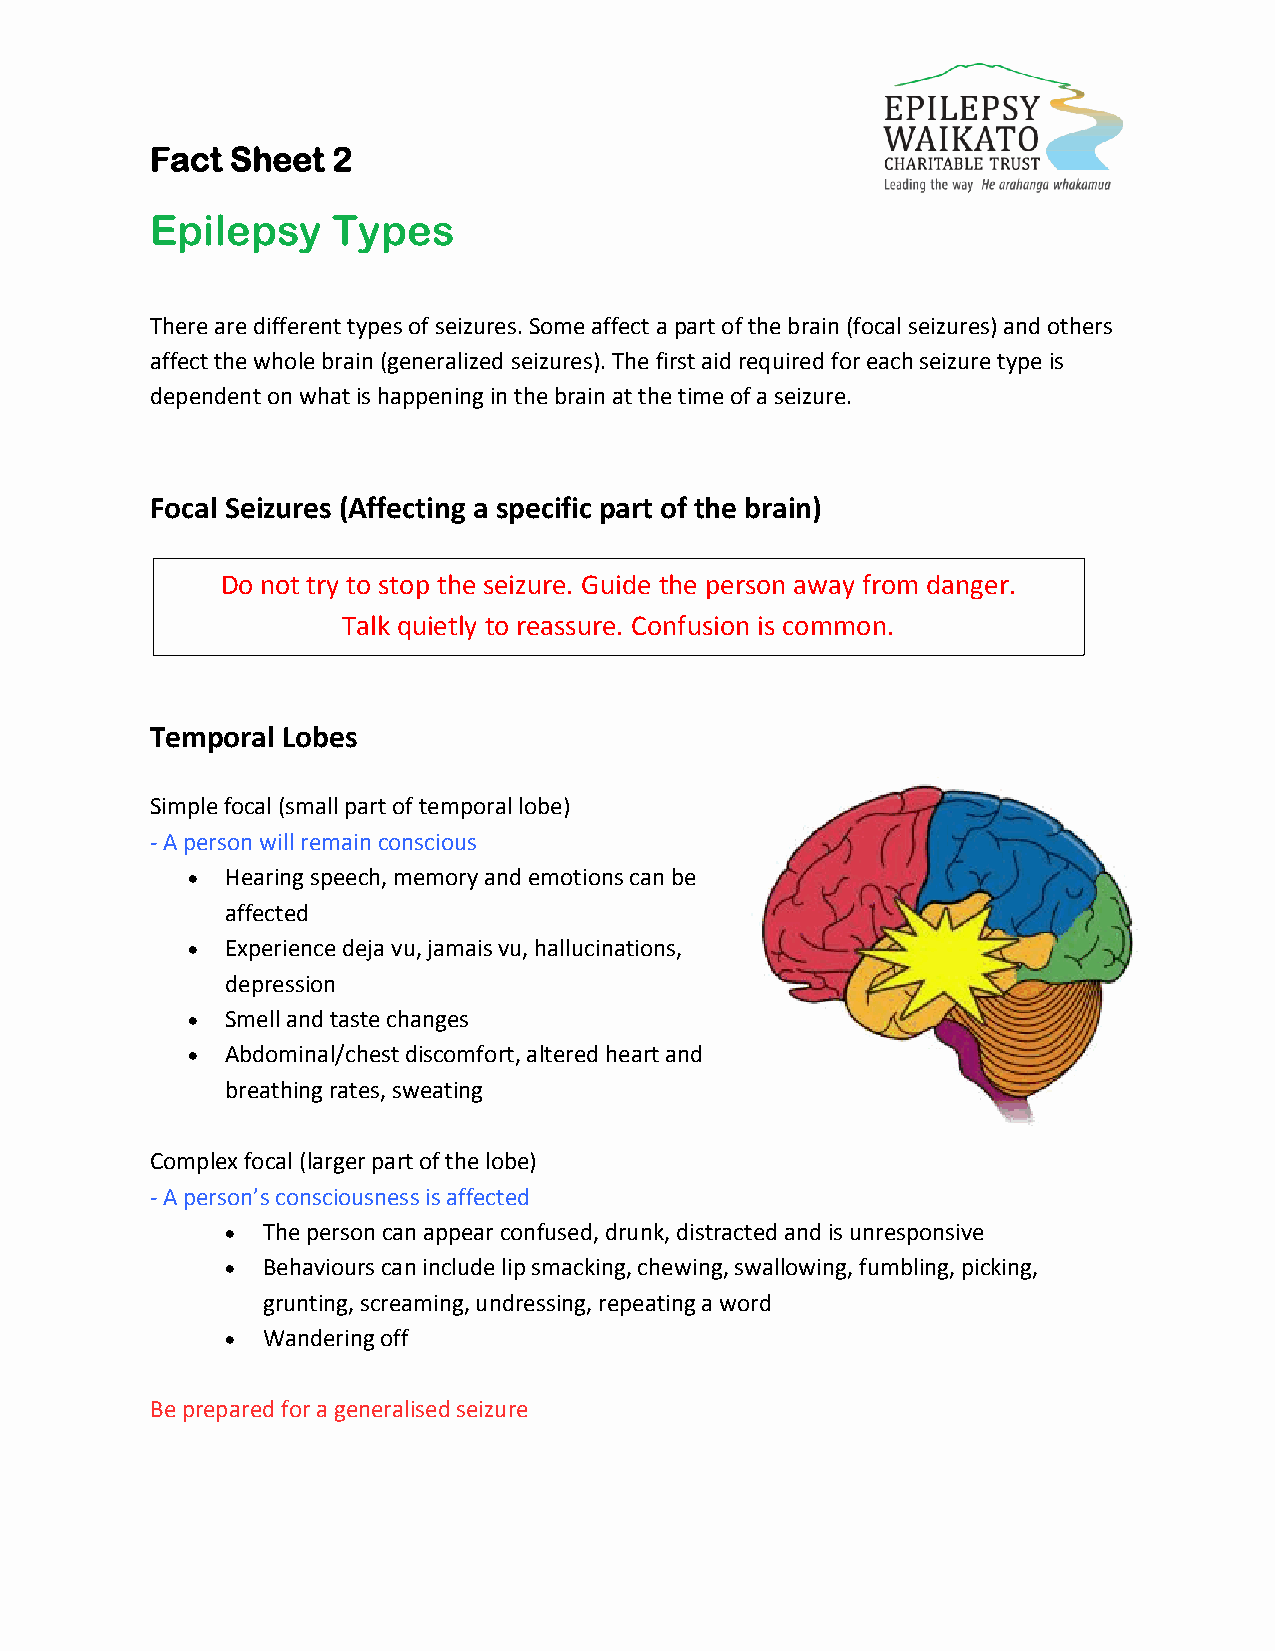
Fact Sheet  2
 Epilepsy    Types
 There are different types of seizures. Some affect a part of the brain (focal seizures) and others
 affect the whole brain (generalized seizures). The first aid required for each seizure type is
 dependent on what is happening in the brain at the time of a seizure.
 Focal Seizures (Affecting a specific part of the brain)
 Do not try to stop the seizure. Guide the person away from danger.
 Talk quietly to reassure. Confusion is common.
 Temporal Lobes
 Simple focal (small part of temporal lobe)
 - A person will remain conscious
   Hearing speech, memory and emotions can be
 affected
   Experience deja vu, jamais vu, hallucinations,
 depression
   Smell and taste changes
   Abdominal/chest discomfort, altered heart and
 breathing rates, sweating
 Complex focal (larger part of the lobe)
 - A person’s consciousness is affected
  The person can appear confused, drunk, distracted and is unresponsive
  Behaviours can include lip smacking, chewing, swallowing, fumbling, picking,
 grunting, screaming, undressing, repeating a word
  Wandering off
 Be prepared for a generalised seizure